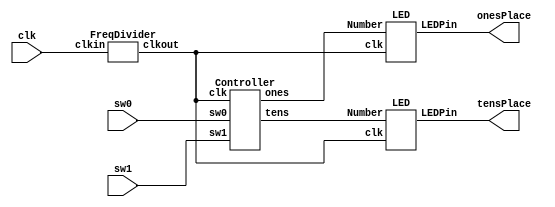
module Lab2(clk, sw1, sw0, onesPlace, tensPlace);

input clk, sw1, sw0;
output [6:0] onesPlace, tensPlace;

wire [3:0] Number0, Number1;
wire inClk;

FreqDivider Divider(.clkin(clk), .clkout(inClk));
Controller MainController(.clk(inClk), .sw0(sw0), .sw1(sw1), .tens(Number1), .ones(Number0));



LED ones(.clk(inClk), .LEDPin(onesPlace), .Number(Number0));
LED tens(.clk(inClk), .LEDPin(tensPlace), .Number(Number1));
endmodule



module LED(clk, LEDPin, Number);
input clk;
input [3:0] Number;
output [6:0] LEDPin;
reg [6:0] LEDPin;

always @ (posedge clk)
begin 
  case (Number)
  4'b0000: LEDPin=7'b1000000;
  4'b0001: LEDPin=7'b1111001;
  4'b0010: LEDPin=7'b0100100;
  4'b0011: LEDPin=7'b0110000;
  4'b0100: LEDPin=7'b0011001;
  4'b0101: LEDPin=7'b0010010;
  4'b0110: LEDPin=7'b0000010;
  4'b0111: LEDPin=7'b1111000;
  4'b1000: LEDPin=7'b0000000;
  4'b1001: LEDPin=7'b0010000;
  endcase 
end
endmodule 


module Controller(clk, sw0, sw1, tens, ones);
	//switch 0 controls the counter.
	//switch 1 is reset
	
	input sw0, sw1, clk;
	integer counter = 0;
	output [3:0]tens, ones;
	reg [3:0] tens, ones;
	always@(posedge clk)
		begin
			if (sw1 == 1)
			begin
				counter = 0;
			end
			else if (sw0 == 1)
			begin
				counter = counter + 1;
			end
			else if (counter > 60)
			begin
				counter = 0;
			end
		
			case(counter % 10)
				
				0: ones = 4'b0000;
				1: ones = 4'b0001;
				2: ones = 4'b0010;
				3: ones = 4'b0011;
				4: ones = 4'b0100;
				5: ones = 4'b0101;
				6: ones = 4'b0110;
				7: ones = 4'b0111;
				8: ones = 4'b1000;
				9:	ones = 4'b1001;	
				default: ones = 4'b0000;
			endcase
			
			case(counter/10)
			
				0: tens = 4'b0000;
				1: tens = 4'b0001;
				2: tens = 4'b0010;
				3: tens = 4'b0011;
				4: tens = 4'b0100;
				5: tens = 4'b0101;
				6: tens = 4'b0110;
				default: tens = 4'b0000;
			endcase			
		end	
endmodule


module FreqDivider(clkin, clkout);
	input clkin;
	output clkout;
	reg clkout;
	integer counter = 0;
	integer clock_tracker = 1;
	always @ (posedge clkin)
	begin
		counter = counter + 1;
		
		if (counter == 1000000) //For the sake of the simulation, we're just gonna leave the clock signal as is and adjust this value for the actual lab sim
		begin
			counter = 0;
			clock_tracker = clock_tracker*-1;
		end
		
		if (clock_tracker == 1)
			clkout = 1;
		else
			clkout = 0;
	end
	
endmodule